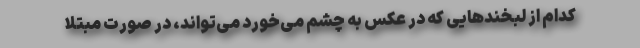
کدام از لبخند‌هایی که در عکس به چشم می‌خورد می‌تواند، در صورت مبتلا